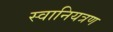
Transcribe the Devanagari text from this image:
स्वानियत्रण